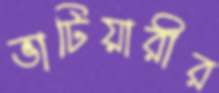
ভাটিয়ারীর